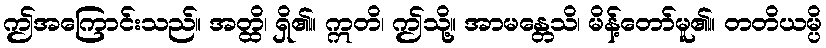
ဤအကြောင်းသည်။ အတ္ထိ၊ ရှိ၏။ ဣတိ၊ ဤသို့။ အာမန္တေသိ၊ မိန့်တော်မူ၏။ တတိယမ္ပိ